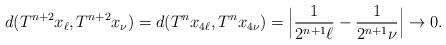
LaTeX: \begin{align*} d(T^{n+2}x_\ell,T^{n+2}x_\nu) = d(T^n x_{4\ell},T^n x_{4\nu}) = \Bigl|\frac1{2^{n+1}\ell}-\frac1{2^{n+1}\nu}\Bigr|\to0. \end{align*}